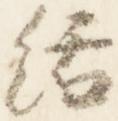
絬